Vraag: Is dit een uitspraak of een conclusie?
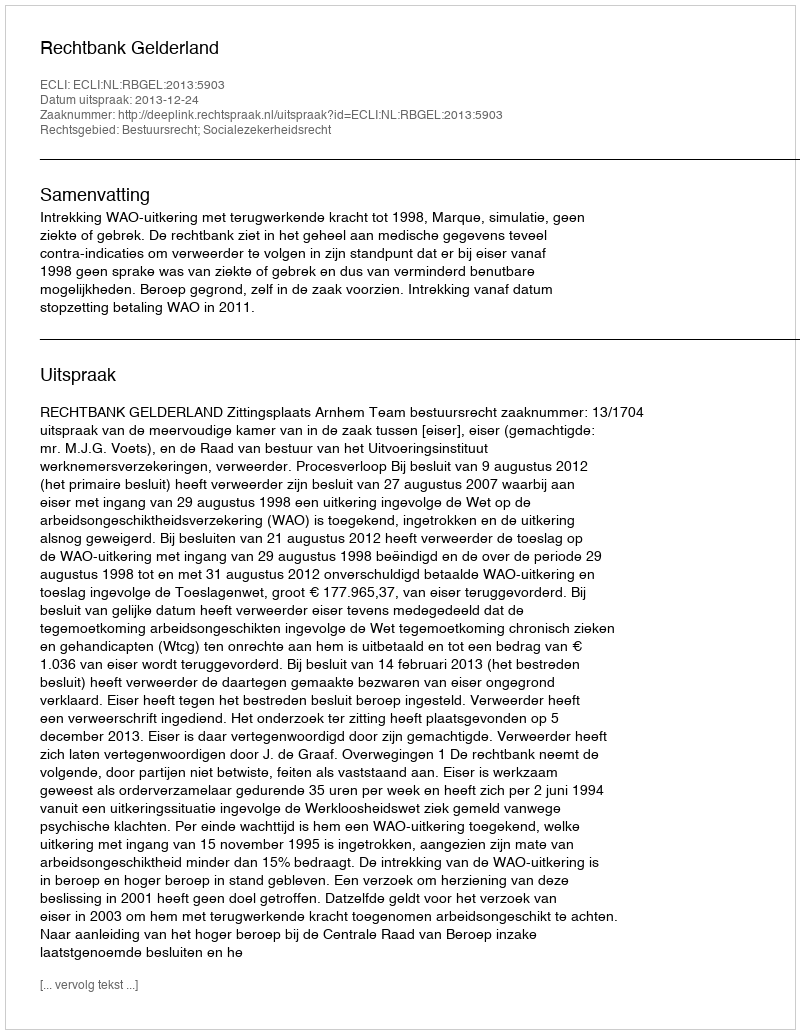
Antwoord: Uitspraak